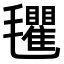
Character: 𣰽